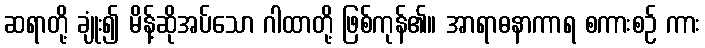
ဆရာတို့ ချုံး၍ မိန့်ဆိုအပ်သော ဂါထာတို့ ဖြစ်ကုန်၏။ အာရာဓနာကာရ စကားစဉ် ကား